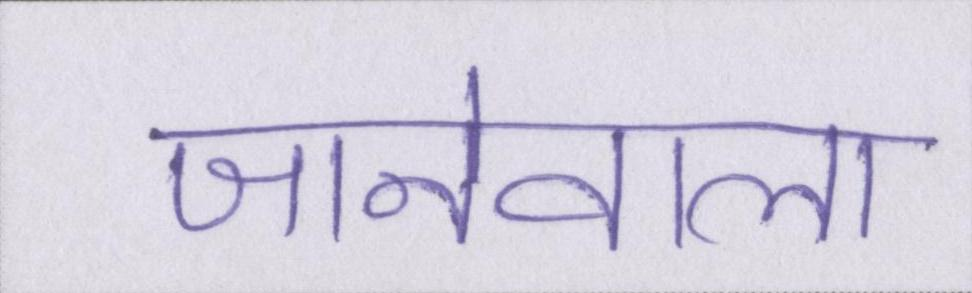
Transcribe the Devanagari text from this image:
जानेवाला